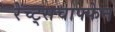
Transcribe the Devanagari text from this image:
रेच्ट्सचाफ्फेन